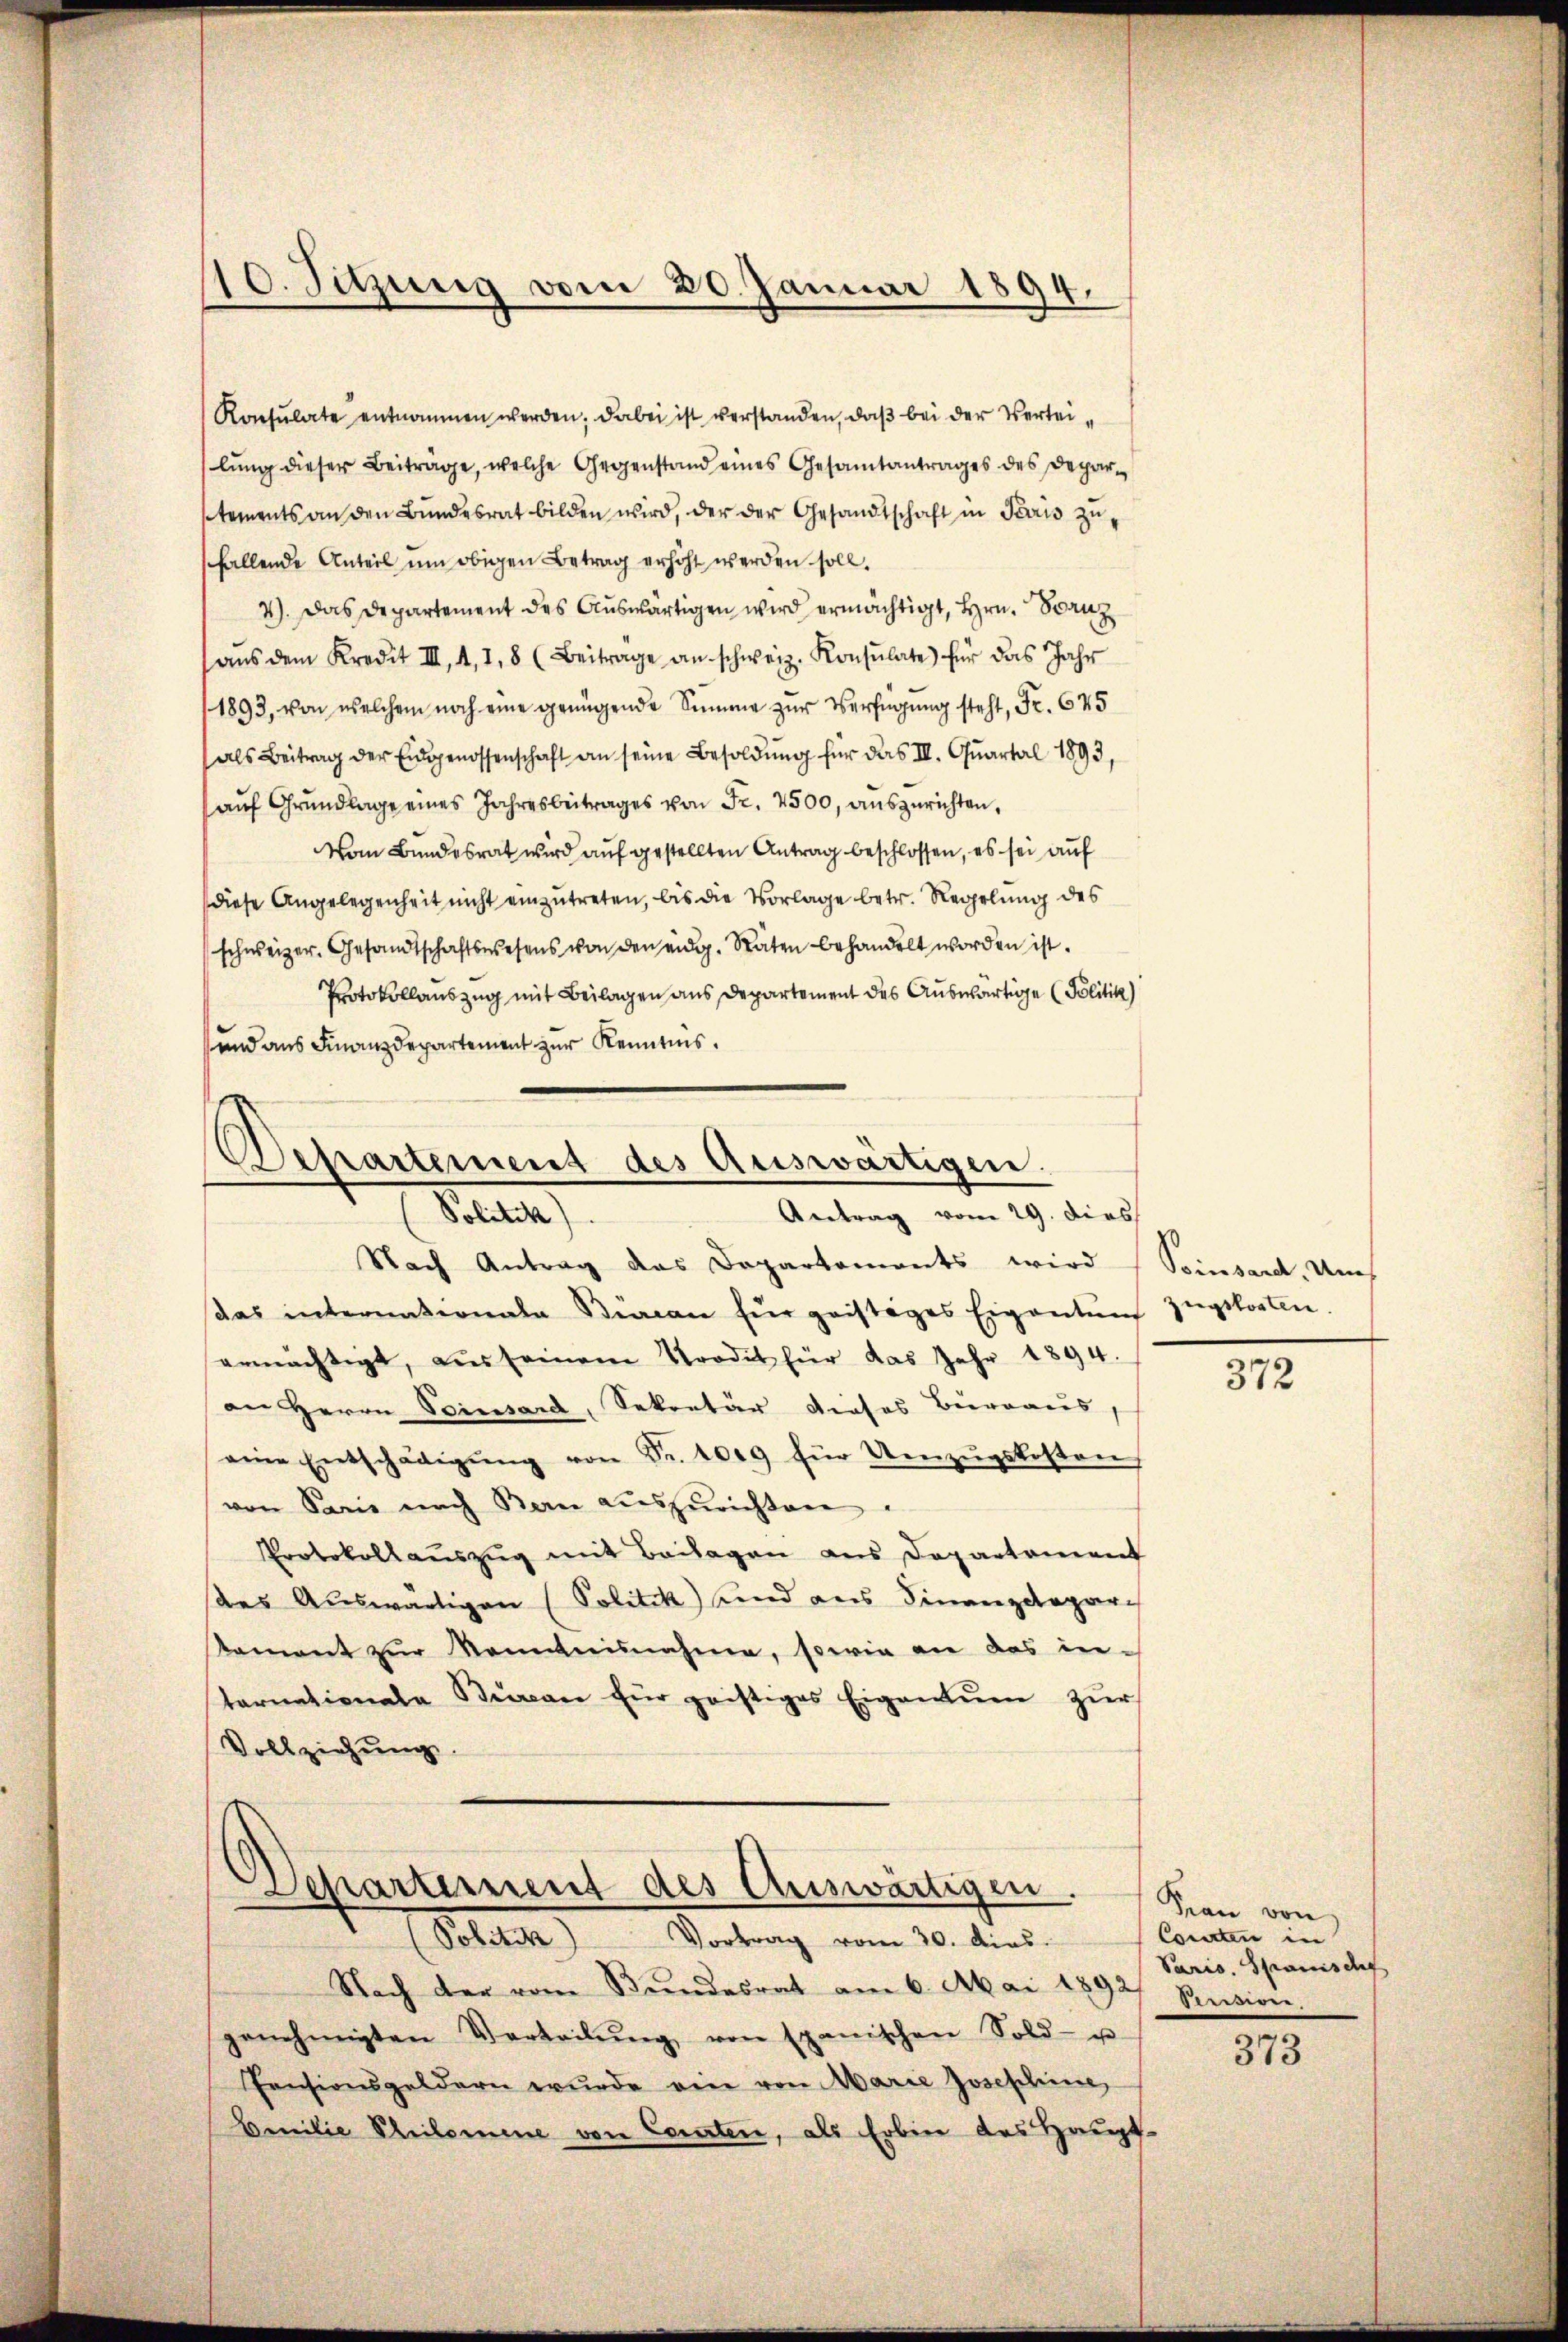
Konsulate entnommen werden; dabei ist verstanden, daß bei der Verteilung dieser Beiträge, welche Gegenstand eines Gesamtantrages des Deparstements an den Bŭndesrat bilden wird, der der Gesandtschaft in Jesus zŭ-
fallende Anteil um obigen Betrag erhöht werden soll.
4). Das Departement des Auswärtigen wird ermächtigt, Hrn. Stanz
aŭs dem Kredit III, 1, 1, 8 (Beitrage an schweiz. Konsulate für das Jahr
1893, von welchem noch eine genügende Summe zur Verfügung steht, Fr. 645
als Beitrag der Eidgenossenschaft an seine Besoldung für das III. Quartal 1893
auf Grundlage eines Jahresbeitrages von Fr. 2500, auszurichten,
Vom Bundesrat wird auf gestellten Antrag beschlossen, es sei auf
diese Angelegenheit nicht einzutreten, bis die Vorlage betr. Regelung des
schweizer. Gesandtschaftswesens von den eidg. Räten behandelt worden ist.
Protokollauszug mit Beilagen aus Departement des Auswärtige Politik)
und aus Finanzdepartement zur Kenntnis.

110. Sitzung vom 20. Januar 1894.

Departement des Auswärtigen.
Antrag vom 29. dies
Steuere

Departement des Auswärtigen.
(Politik) Vortrag vom 30. dies.

Nach Antrag das Departements wird
das internationale Büreau für geistiges Eigentum zugskosten.
ermächtigt, aŭs seinem Trodit für das Jahr 1894.
an Herrn Seinsard, Sekretär dieses Bierraus,
eine Entschädigŭng von Fr. 1009 für Umzŭgskosten
von Paris nach Bern aŭszŭrichten.
Protokollauszug mit Beilagen aus Departement
ses Auswärtigen (Politik und aus Finanzdepar
Nament zŭr Nominisnahme, sowie an das internationale Bian für geistiges Eigentum zur
Vollziehung.

Nach der vom Bundesrat am 6. Mai 1892/ Pension.
genehmigten Verteilŭng von spanischen Sold- u
Pensionsgeldern wurde ein von Marie Josephine
Emilie Philomene von Comten, als Erbene des Haupt-

Peinsard, Ums

372

Frau von
Cororten in
Paris. Spanisch

373